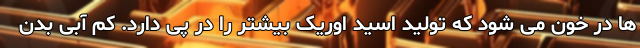
ها در خون می شود که تولید اسید اوریک بیشتر را در پی دارد. کم آبی بدن